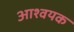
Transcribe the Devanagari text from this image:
आश्वयक